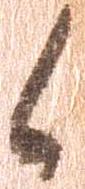
候